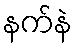
နက်နဲ